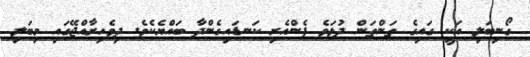
ގޯނިބަލި އަކީ ގައިގެ ތަންތަން ދުޅަވެ ފެންއެރި ކަނޑައިގެންދާ ބައްޔެކެވެ. ދިވެހިރާއްޖޭގައި މިބަލި